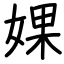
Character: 婐